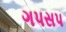
ગપસપ